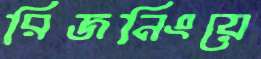
রিজনিংয়ে